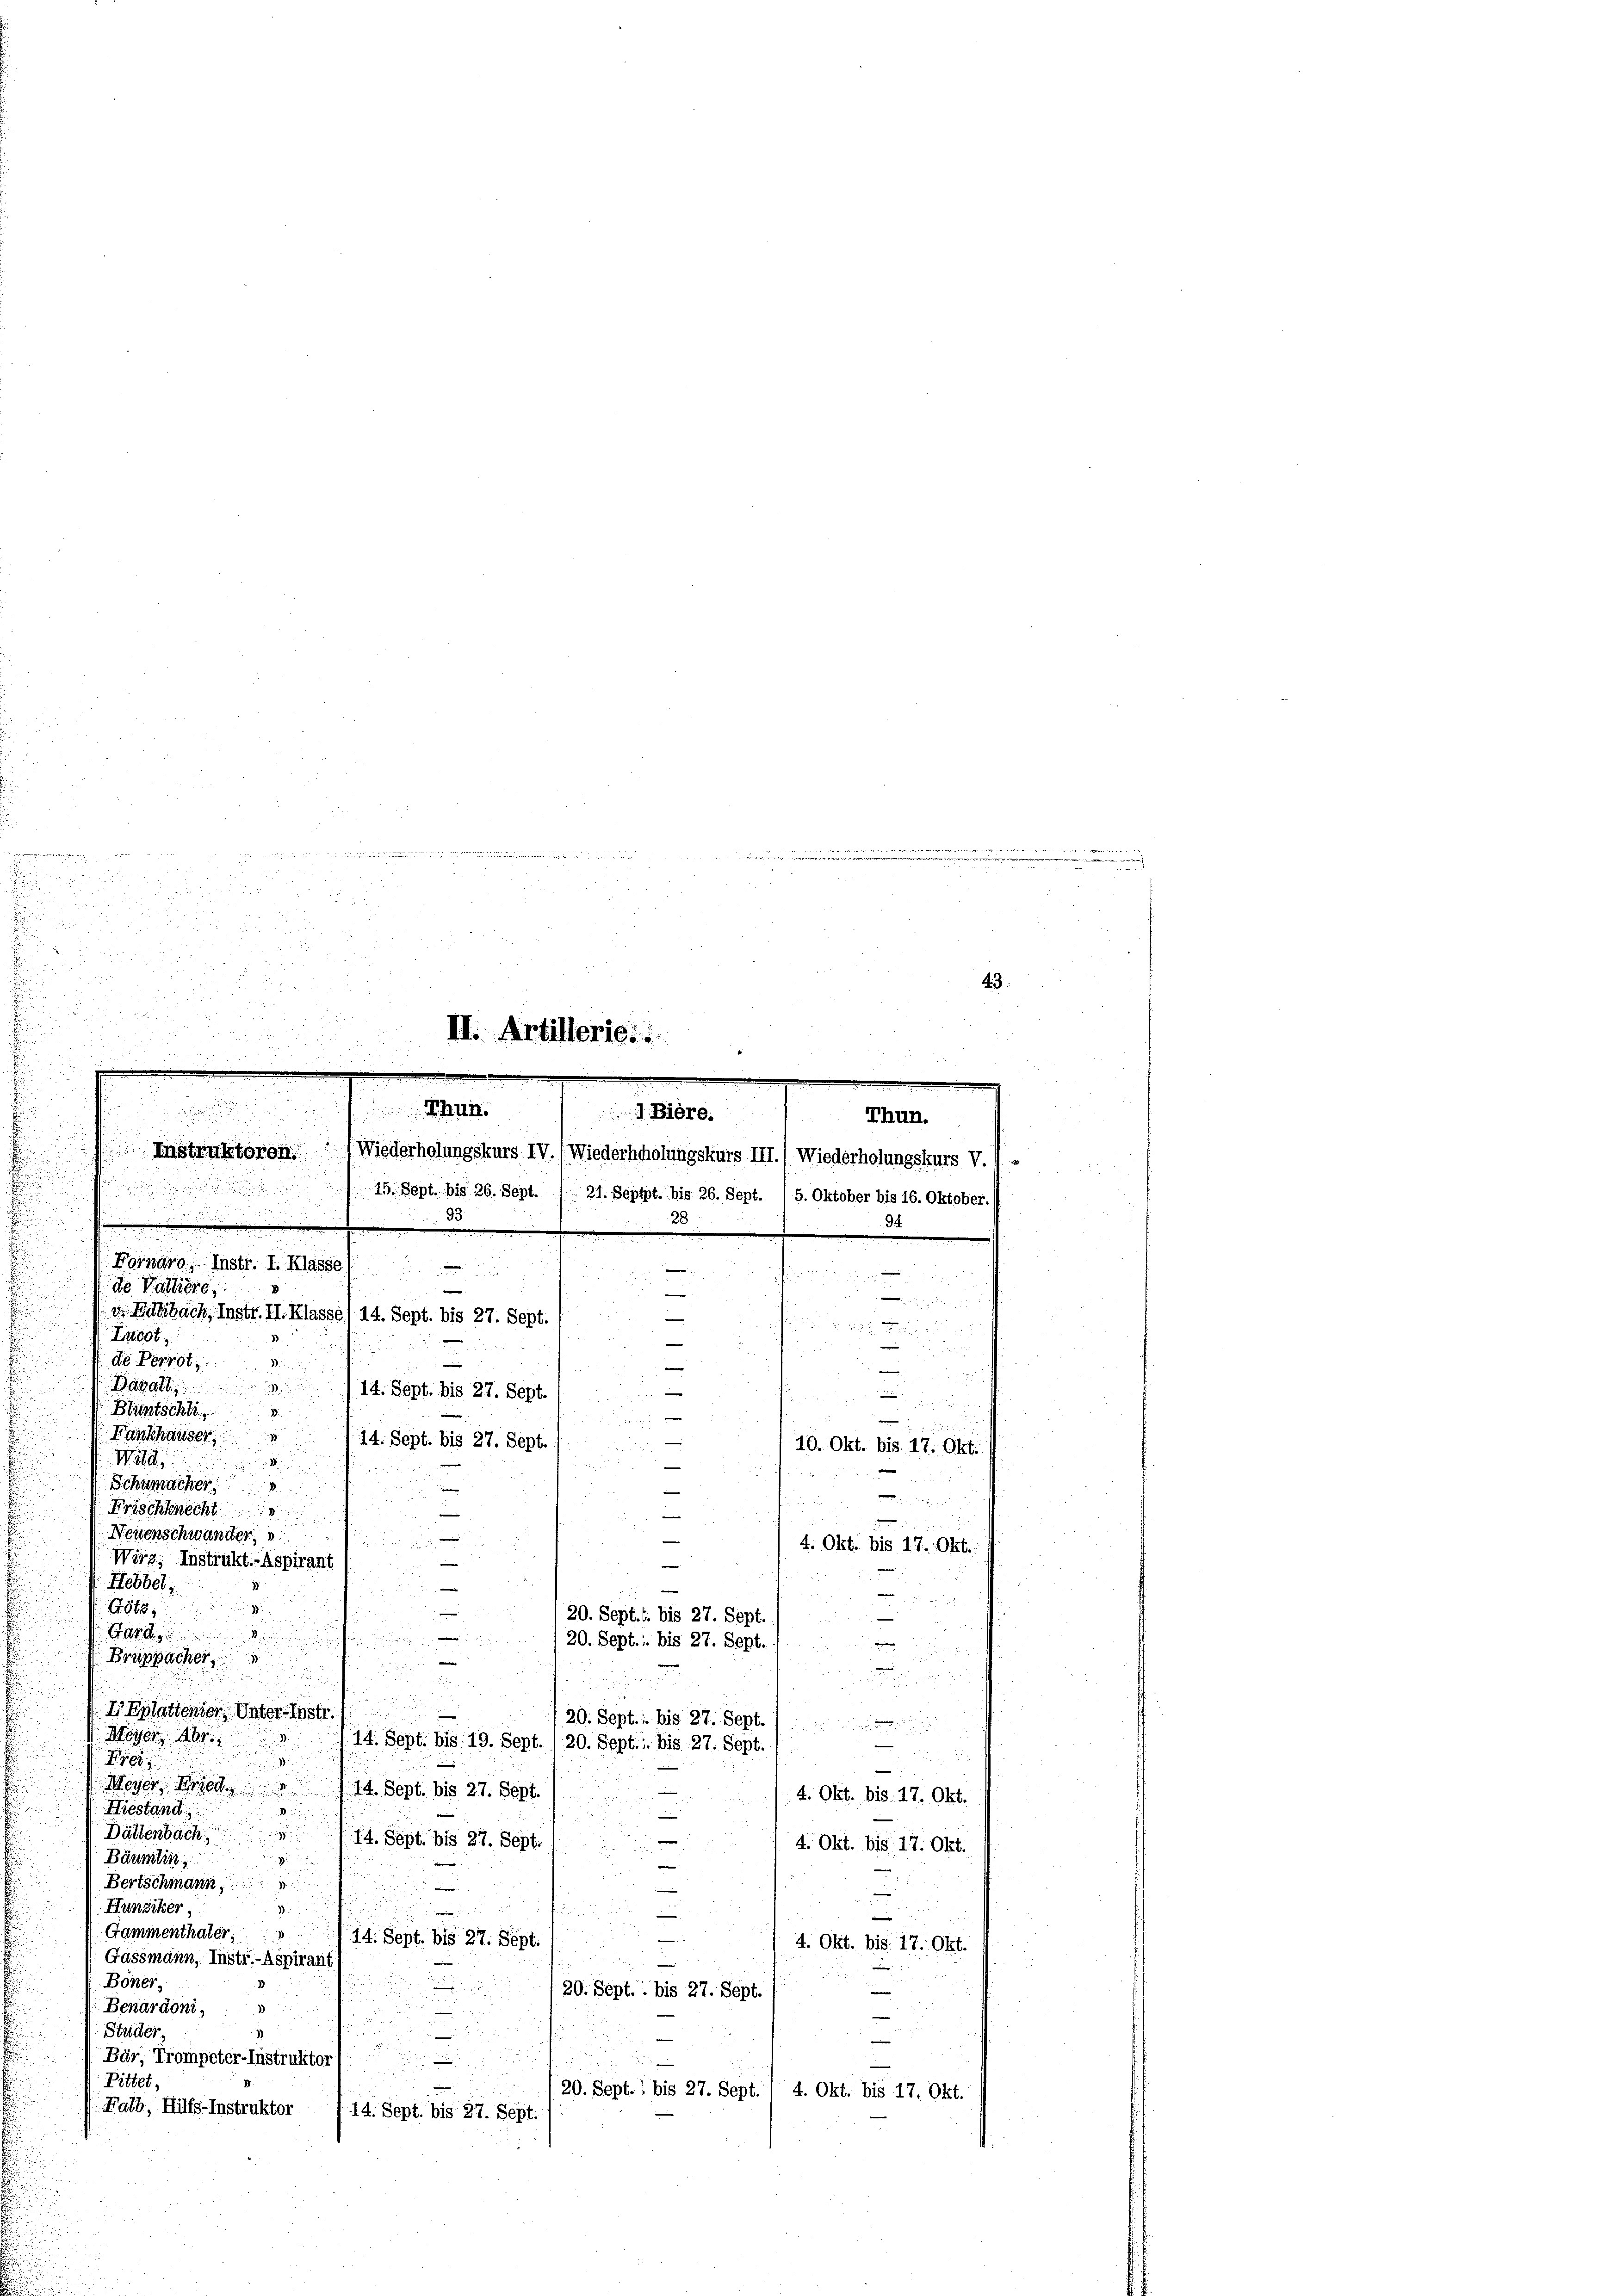
Tröst
de Perrot,
 Bluntschk
Wald.
Hebbel,
G. 848,
Gard
I Eplattender, Unter-Instr.
20. Sept. 1 bis 27. Sept.
s

Meyer 184
14. Sept. bis 19. Sept./20. Sept. 1 bis 27. Sept
n
u

Fr
e
Meyer, Fried
14. Sept. bis 27. Sept.
4. Okt. 818. 17. Okt.
Hiestand

d
.
Dältenbach
14. Sept. bis 27. Sept.
4. Okt. bis 17. Okt.

Bäumlin
Bertschmann
.
Hunziker,

mi
Gammenthäter
14. Sept. bis 27. Sept.
4. Okt. bis 17. Okt.
Gassmann, Instr.-Aspirant
u
Böner,

e
20. Sept. 1 bis 27. Sept.
Benardoni,
d
Studer,
2
—
e
Bär, Trompeter-Instruktor
e
Pittet,
20. Sept. 1 bis 27. Sept. 1 4. Okt. bis 17. Okt.
Rath, Hilfs-Instruktor
14. Sept. bis 27. Sept.

e
.

s
e

8
v. der

2

u

 2
43.
 205
n
III. Artilleries

Thun.

Instruktoren Wiederholungskurs IV. /. Wiederhholungskurs III.) Wiederholungskurs V.
.
.

de Valliere

.
Thun.
15. Sept, bis 26. Sept. / 21. Septpt. bis 26. Sept. / 5. Oktober bis 16. Oktober.
28
30
94
.

e

u
 Labach, Instr. II. Klasse) 14. Sept. bis 27. Sept.
e

 Pate
1
—

J Dawallis
14. Sept. bis 27. Sept.

1

 Fankhauser
14. Sept. bis 27. Sept.
10. Okt. bis 17. Okt.
u
Schumacher
1

Frischknecht
e
n
Neuenschwander
4. Okt. bis 17. Okt.
Wirz, Instrukt.-Aspirant

.
20. Sept. 1. bis 27. Sept.

20. Sept. 1 bis 27. Sept.
d

Bruppacher,

e

Fornaro, Instr. I. Klasse (

J. Biere.